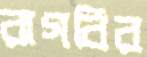
রাগবির